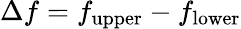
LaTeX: \Delta f=f_{\mathrm{upper}}-f_{\mathrm{lower}}